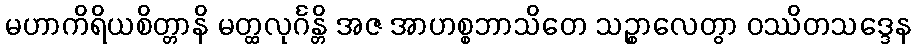
မဟာကိရိယစိတ္တာနိ မတ္ထလုင်္ဂန္တိ အဇ အာဟစ္စဘာသိတေ သဉ္စာလေတွာ ဝဿိတသဒ္ဒေန